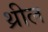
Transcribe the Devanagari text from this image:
थ्रील